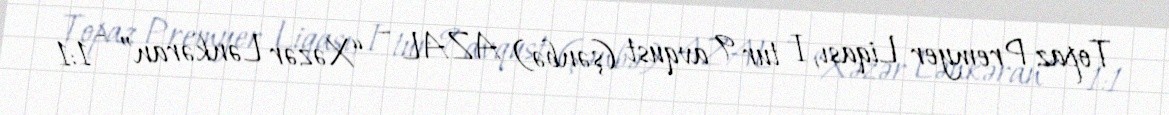
Topaz Premyer Liqası, I tur 9 avqust (şənbə) AZAL – “Xəzər Lənkəran” - 1:1